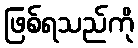
ဖြစ်ရသည်ကို